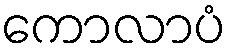
ကောလာပံ